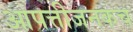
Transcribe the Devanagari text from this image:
आपत्तीजनकच